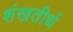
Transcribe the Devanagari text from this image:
शंखतीर्थ